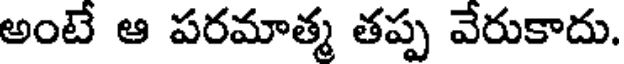
అంటే ఆ పరమాత్మ తప్ప వేరుకాదు.